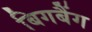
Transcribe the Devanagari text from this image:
बिगबैंग